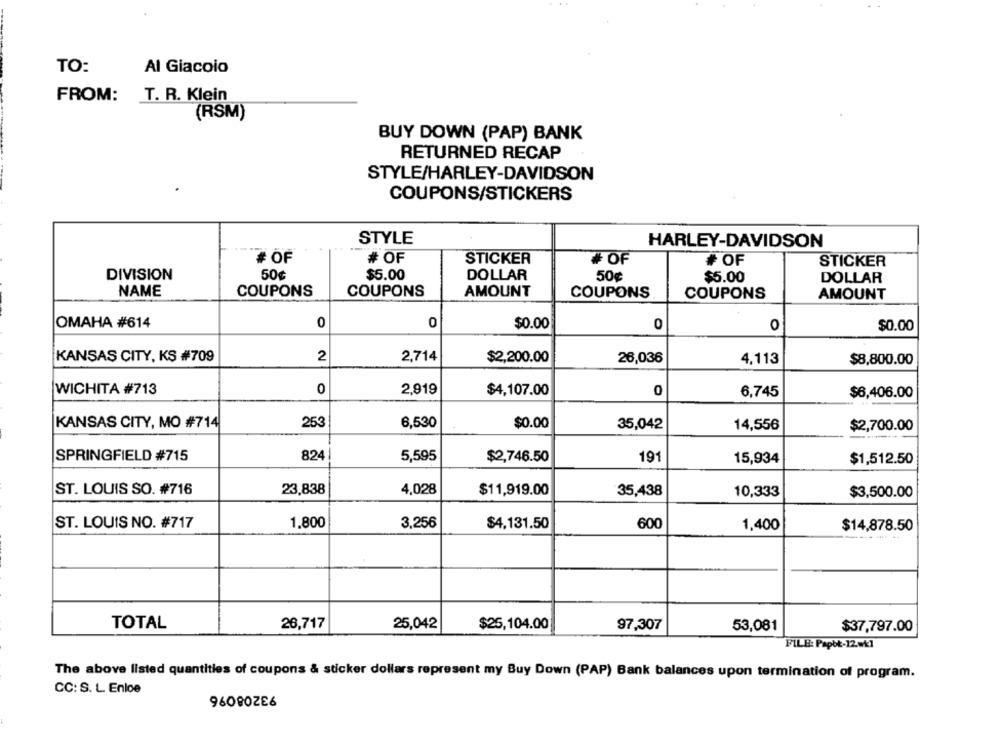
TO:
Al Giacoio
FROM:
T. R. Klein
(RSM)
BUY DOWN (PAP) BANK
RETURNED RECAP
STYLE/HARLEY-DAVIDSON
COUPONS/STICKERS
STYLE
HARLEY-DAVIDSON
#OF
# OF
STICKER
# OF
#OF
STICKER
50¢
DIVISION
$5.00
DOLLAR
50¢
$5.00
DOLLAR
NAME
COUPONS
COUPONS
AMOUNT
COUPONS
COUPONS
AMOUNT
OMAHA #614
0
0
$0.00
0
O
$0.00
2,714
KANSAS CITY, KS #709
2
$2,200.00
26,036
4,113
$8,800.00
WICHITA #713
0
2,919
$4,107.00
0
6,745
$6,406.00
KANSAS CITY, MO #714
253
6,530
$0.00
35,042
14,556
$2,700.00
SPRINGFIELD #715
824
5,595
$2,746.50
191
15,934
$1,512.50
ST. LOUIS SO. #716
23,838
4,028
$11,919.00
35,438
10,333
$3,500.00
ST. LOUIS NO. #717
1,800
3,256
$4,131.50
600
1,400
$14,878.50
TOTAL
26,717
25,042
$25,104.00
97,307
53,081
$37,797.00
FILE: Papbt-12.wk1
The above listed quantities of coupons & sticker dollars represent my Buy Down (PAP) Bank balances upon termination of program.
CC: S. L. Enloe
93208096